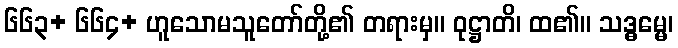
၆၆၃+ ၆၆၄+ ဟူသောမသူတော်တို့၏ တရားမှ။ ဝုဋ္ဌာတိ၊ ထ၏။ သဒ္ဓမ္မေ၊